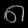
Digit: ၈